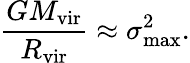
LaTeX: {\frac{GM_{\mathrm{vir}}}{R_{\mathrm{vir}}}}\approx\sigma_{\operatorname*{max}}^{2}.